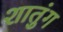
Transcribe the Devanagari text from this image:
शातुंग